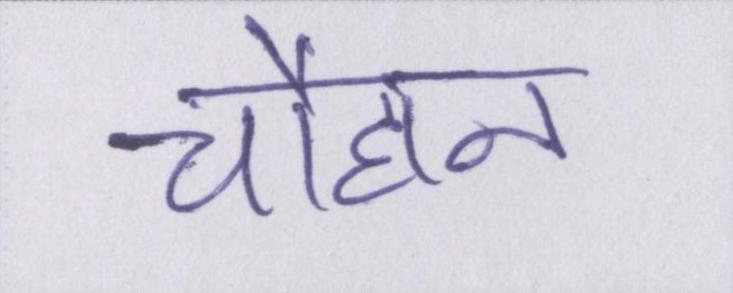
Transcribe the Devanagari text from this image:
चौहान